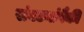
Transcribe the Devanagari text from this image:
संघटनांपैकी